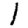
Digit: 1